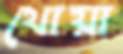
থোয়া